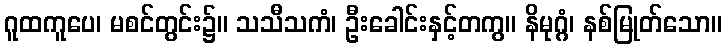
ဂူထကူပေ၊ မစင်တွင်း၌။ သသီသကံ၊ ဦးခေါင်းနှင့်တကွ။ နိမုဂ္ဂံ၊ နစ်မြုတ်သော။